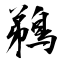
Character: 鵜